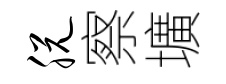
脱察壙